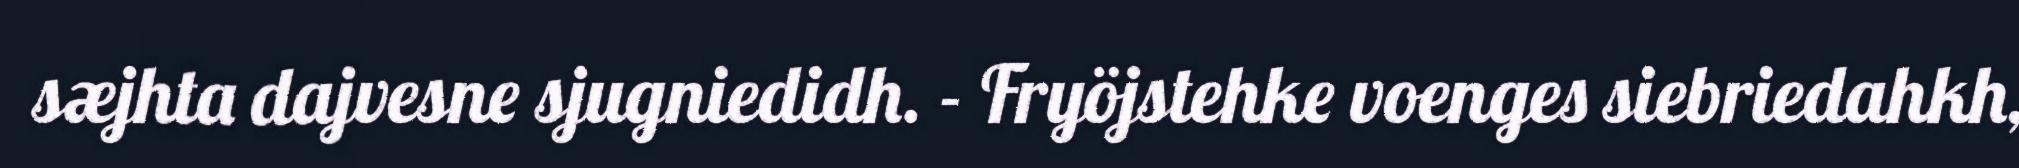
sæjhta dajvesne sjugniedidh. - Fryöjstehke voenges siebriedahkh,